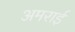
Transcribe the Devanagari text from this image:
अमराई